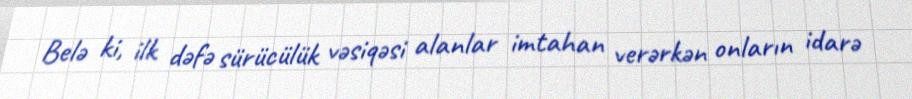
Belə ki, ilk dəfə sürücülük vəsiqəsi alanlar imtahan verərkən onların idarə